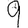
Digit: 9